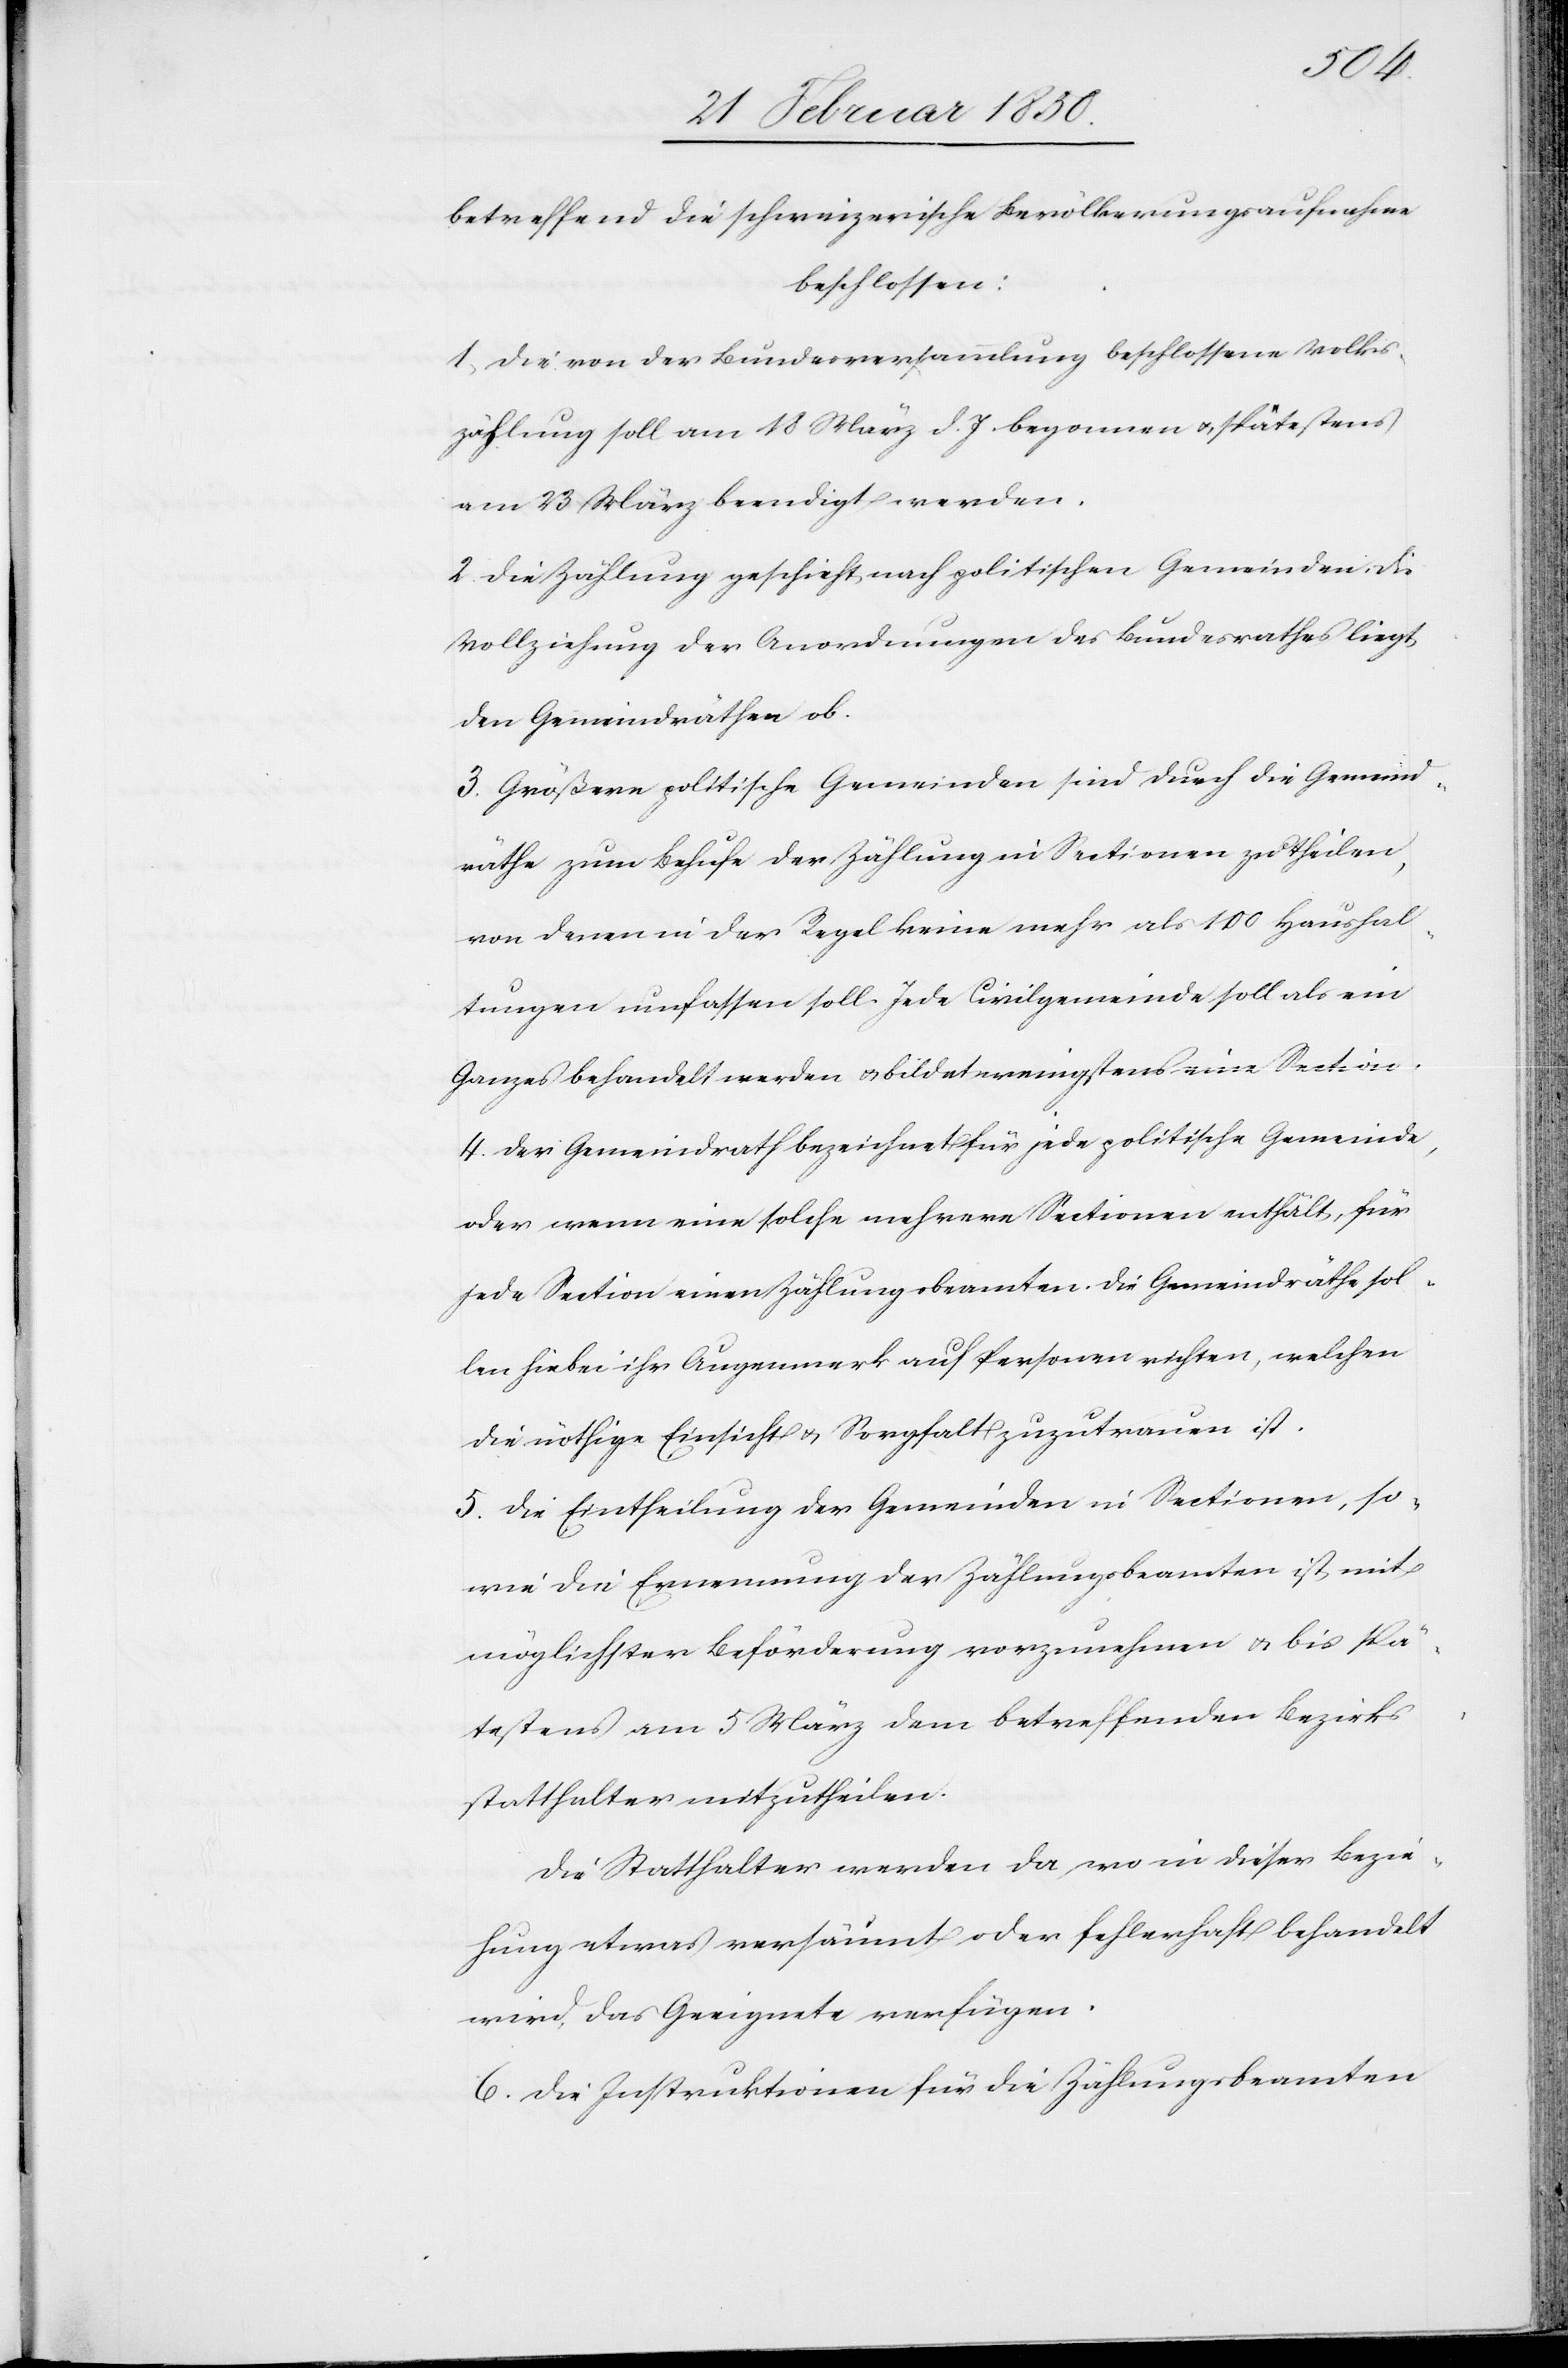
betreffend die schweizerische Bevölkerungsaufnahme
beschlossen:
1. Die von der Bundesversammlung beschlossene Volks¬
zählung soll am 18 März d. J. begonnen u., spätestens
am 23 März beendigt werden.
2. Die Zählung geschieht nach politischen Gemeinden. Die
Vollziehung der Anordnungen des Bundesrathes liegt
den Gemeindräthen ob.
3. Größere politische Gemeinden sind durch die Gemeind¬
räthe zum Behufe der Zählung in Sectionen zu theilen,
von denen in der Regel keine mehr als 100 Haushal¬
tungen umfassen soll. Jede Civilgemeinde soll als ein
Ganzes behandelt werden u. bildet wenigstens eine Section.
4. Der Gemeindrath bezeichnet für jede politische Gemeinde,
oder wenn eine solche mehrere Sectionen enthält, für
jede Section einen Zählungsbeamten. Die Gemeindräthe sol¬
len hiebei ihr Augenmerk auf Personen richten, welchen
die nöthige Einsicht u. Sorgfalt zuzutrauen ist.
5. Die Eintheilung der Gemeinden in Sectionen, so
wie die Ernennung der Zählungbeamten ist mit
möglichster Beförderung vorzunehmen u. bis spä¬
testens am 5 März dem betreffenden Bezirks¬
statthalter mitzutheilen.
Die Statthalter werden da wo in dieser Bezie¬
hung etwas versäumt oder fehlerhaft behandelt
wird, das Geeignete verfügen.
6. Die Instruktionen für die Zählungsbeamten